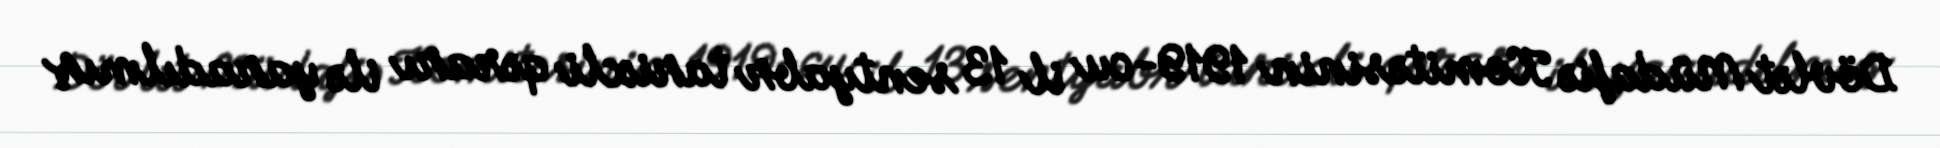
Dövlət Müdafiə Komitəsinin 1919-cu il 13 sentyabr tarixli qərarı ilə yaradılmış